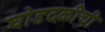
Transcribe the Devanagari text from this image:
घोडदळीची